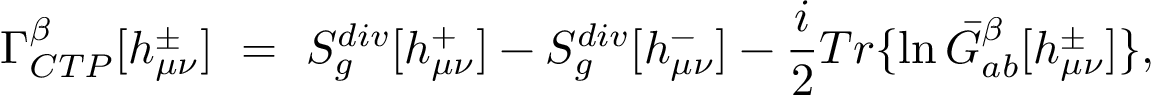
\Gamma _ { C T P } ^ { \beta } [ h _ { \mu \nu } ^ { \pm } ] \ = \ S _ { g } ^ { d i v } [ h _ { \mu \nu } ^ { + } ] - S _ { g } ^ { d i v } [ h _ { \mu \nu } ^ { - } ] - { \frac { i } { 2 } } T r \{ \ln \bar { G } _ { a b } ^ { \beta } [ h _ { \mu \nu } ^ { \pm } ] \} ,